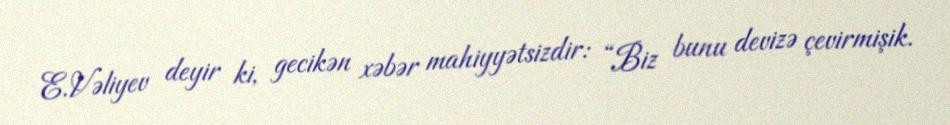
E.Vəliyev deyir ki, gecikən xəbər mahiyyətsizdir: “Biz bunu devizə çevirmişik.